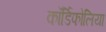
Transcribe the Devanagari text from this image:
कॉर्डिफोलिया